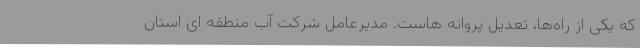
که یکی از راه‌ها، تعدیل پروانه هاست. مدیرعامل شرکت آب منطقه ای استان